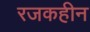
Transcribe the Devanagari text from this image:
रजकहीन